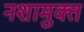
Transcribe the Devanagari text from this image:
नशामुक्त